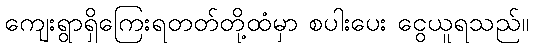
ကျေးရွာရှိကြေးရတတ်တို့ထံမှာ စပါးပေး ငွေယူရသည်။